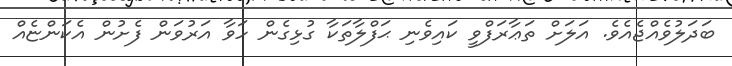
ބަދަލުވެއްޖެއެވެ. އަލަށް ތަޢާރަފްވީ ކައިވެނި ޙަފްލާތަކާ ގުޅިގެން ހަވާ އަރުވަން ފެށުން އެކަންޏެއް